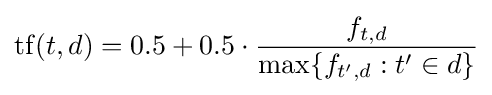
\mathrm {tf} (t,d)=0.5+0.5\cdot {\frac {f_{t,d}}{\max\{f_{t',d}:t'\in d\}}}